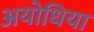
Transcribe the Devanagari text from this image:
अयोधिया